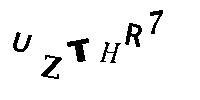
UZTHR7